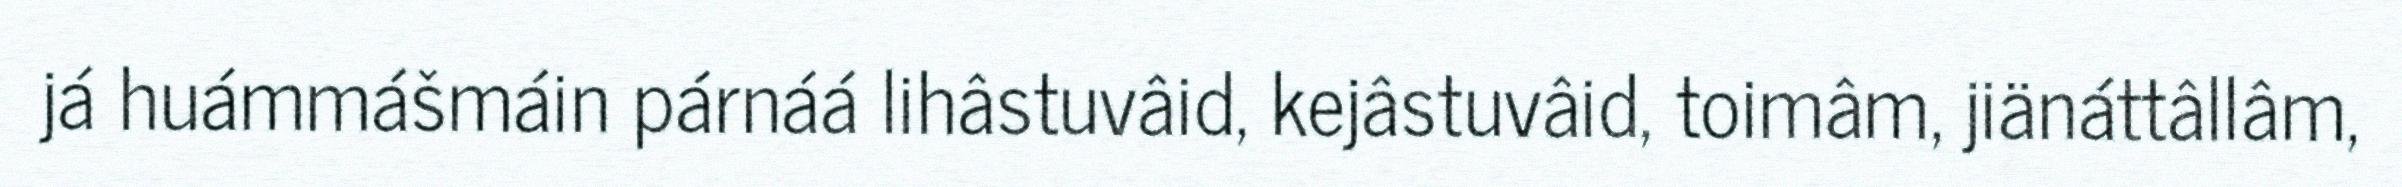
já huámmášmáin párnáá lihâstuvâid, kejâstuvâid, toimâm, jiänáttâllâm,